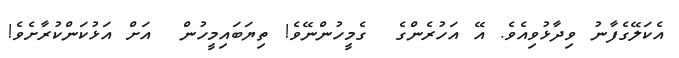
އެކަލޭގެފާނު ވިދާޅުވިއެވެ. އޭ އަހުރެންގެ  ގެމީހުންނޭވެ! ތިޔަބައިމީހުން  އަށް އަޅުކަންކުރާށެވެ!